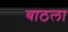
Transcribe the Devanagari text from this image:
बाठला